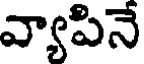
వ్యాపినే